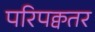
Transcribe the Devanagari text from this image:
परिपक्वतर